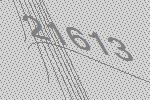
21613